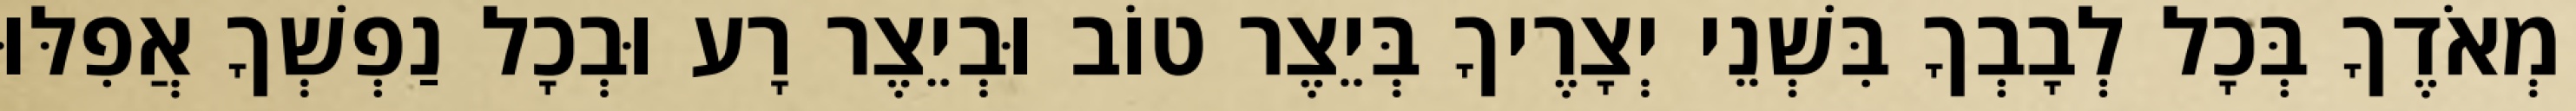
מְאֹדֶךָ בְּכָל לְבָבְךָ בִּשְׁנֵי יְצָרֶיךָ בְּיֵצֶר טוֹב וּבְיֵצֶר רָע וּבְכָל נַפְשְׁךָ אֲפִלּוּ